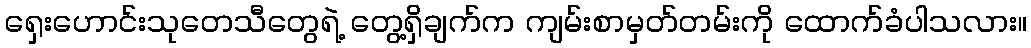
ရှေးဟောင်းသုတေသီတွေရဲ့ တွေ့ရှိချက်က ကျမ်းစာမှတ်တမ်းကို ထောက်ခံပါသလား။